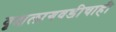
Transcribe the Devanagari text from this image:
वृक्षलागवडीचाही